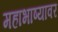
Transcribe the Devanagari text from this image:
महाभाष्यावर